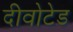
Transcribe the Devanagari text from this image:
दीवोटेड